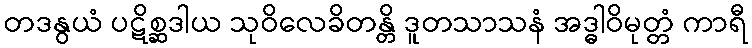
တဒနွယံ ပဋိစ္ဆဒါယ သုဝိလေခိတန္တိ ဒူတသာသနံ အဒ္ဓါဝိမုတ္တံ ကာရီ